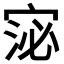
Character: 𭓻